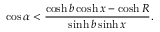
\cos \alpha < \frac { \cosh b \cosh x - \cosh R } { \sinh b \sinh x } .